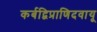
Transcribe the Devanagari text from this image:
कर्बद्विप्राणिदवायू